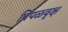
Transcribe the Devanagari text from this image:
पिंपळवृक्ष